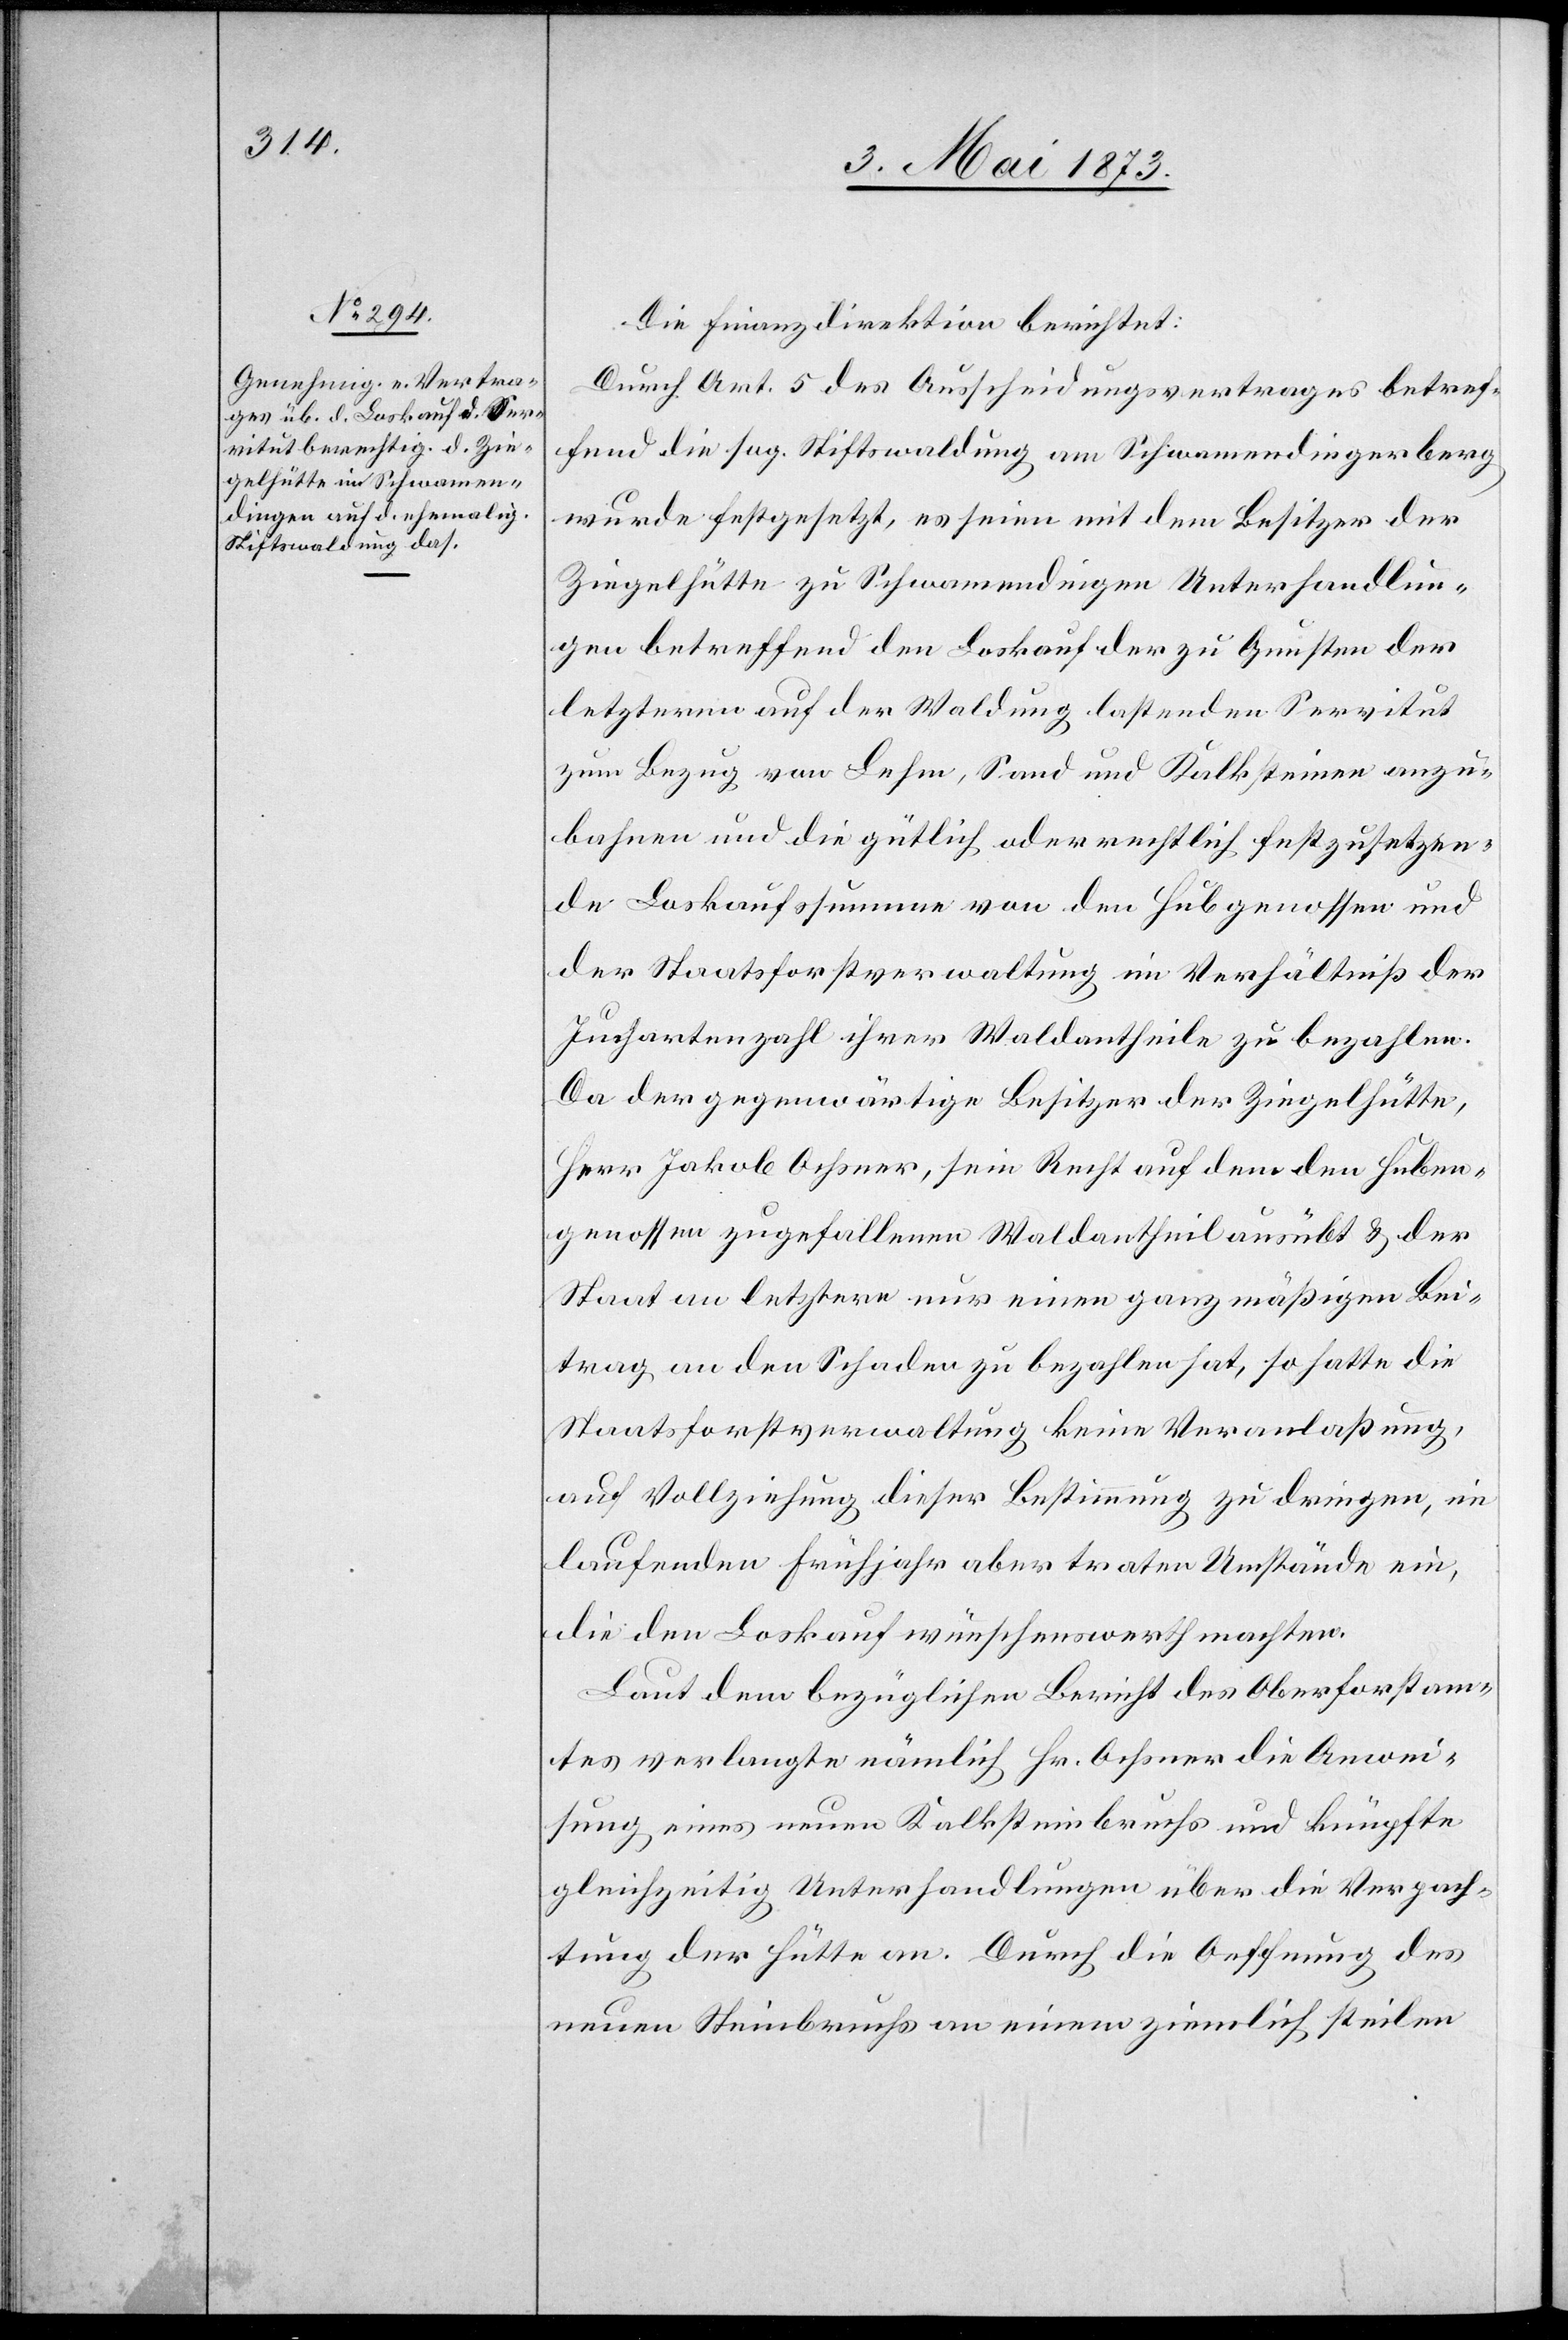
Die Finanzdirektion berichtet:
Durch Art. 5 des Ausscheidungsvertrages betref¬
fend die sog. Stiftswaldung am Schwamendingerberg
wurde festgesetzt, es seien mit dem Besitzer der
Ziegelhütte zu Schwamendingen Unterhandlun¬
gen betreffend den Loskauf der zu Gunsten der
letzteren auf der Waldung lastenden Servitut
zum Bezug von Lehm, Sand und Kalksteinen anzu¬
bahnen und die gütlich oder rechtlich festzusetzen¬
de Loskaufssummen von den Hubgenossen und
der Staatsforstverwaltung im Verhältniß der
Juchartenzahl ihrer Waldantheile zu bezahlen.
Da der gegenwärtige Besitzer der Ziegelhütte,
Herr Jakob Ochsner, sein Recht auf dem den Huben¬
genossen zugefallenen Waldantheil ausübt & der
Staat an letztere nur einen ganz mäßigen Bei¬
trag an den Schaden zu bezahlen hat, so hatte die
Staatsforstverwaltung keine Veranlaßung,
auf Vollziehung dieser Bestimmung zu dringen, im
laufenden Frühjahr aber traten Umstände ein,
die den Loskauf wünschenswerth machten.
Laut dem bezüglichen Bericht des Oberforstam¬
tes verlangte nämlich Hr. Ochsner die Anwei¬
sung eines neuen Kalksteinbruchs und knüpfte
gleichzeitig Unterhandlungen über die Verpach¬
tung der Hütte an. Durch die Oeffnung des
neuen Steinbruchs an einem ziemlich steilen